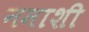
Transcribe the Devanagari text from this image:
नमाशी